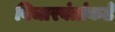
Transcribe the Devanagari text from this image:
विचारवंतांकडे